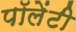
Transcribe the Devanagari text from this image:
पॉलेंटी